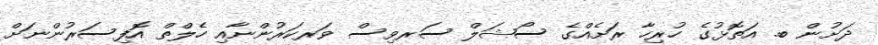
ދަށުން ބ. އަތޮޅުގެ ހުރިހާ ރަށެއްގެ ސޯޝަލް ސަރވިސް ވަރކަރުންނާއި ހެލްތް އޮފިސަރުންނަށް